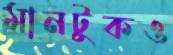
মানটুকও